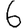
Digit: 6